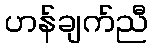
ဟန်ချက်ညီ